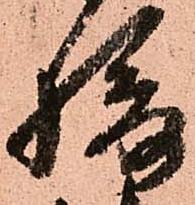
摂